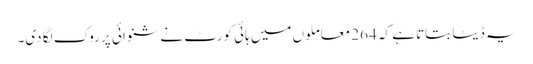
یہ ڈیٹا بتاتا ہے کہ 264 معاملوں میں ہائی کورٹ نے شنوائی پر روک لگا دی۔